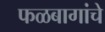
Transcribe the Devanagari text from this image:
फळबागांचे